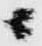
ニ